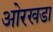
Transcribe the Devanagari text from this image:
ओरखडा